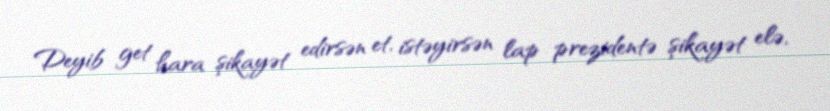
Deyib get hara şikayət edirsən et, istəyirsən lap prezidentə şikayət elə,